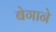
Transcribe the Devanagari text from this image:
बेगाने